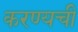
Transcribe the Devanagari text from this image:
करण्यची